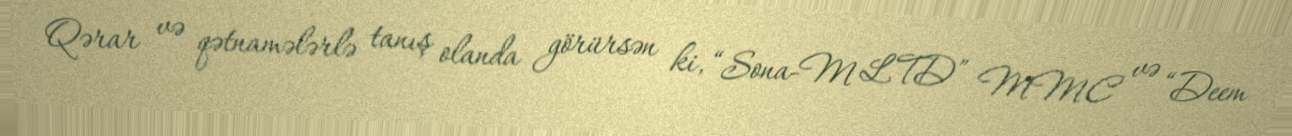
Qərar və qətnamələrlə tanış olanda görürsən ki, “Sona-M LTD” MMC və “Deem